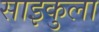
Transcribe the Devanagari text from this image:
साइकुला